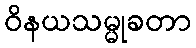
ဝိနယသမ္မုခတာ